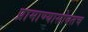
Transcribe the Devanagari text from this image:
प्रामाण्यासोबतच